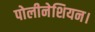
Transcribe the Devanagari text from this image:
पोलीनेशियन।